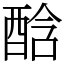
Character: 䣻